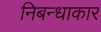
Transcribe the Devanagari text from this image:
निबन्धाकार